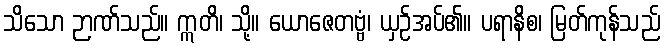
သိသော ဉာဏ်သည်။ ဣတိ၊ သို့။ ယောဇေတဗ္ဗံ၊ ယှဉ်အပ်၏။ ပရာနိစ၊ မြတ်ကုန်သည်